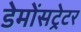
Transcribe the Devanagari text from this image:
डेमोंसट्रेटर